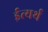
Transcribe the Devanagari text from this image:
ईत्यर्थ